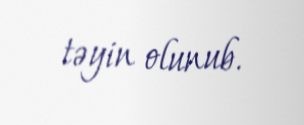
təyin olunub.